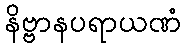
နိဗ္ဗာနပရာယဏံ